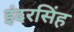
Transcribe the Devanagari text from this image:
इंदरसिंह